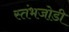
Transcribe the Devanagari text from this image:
स्तंभजोडी